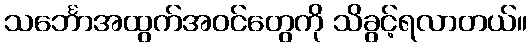
သင်္ဘောအထွက်အဝင်တွေကို သိခွင့်ရလာတယ်။